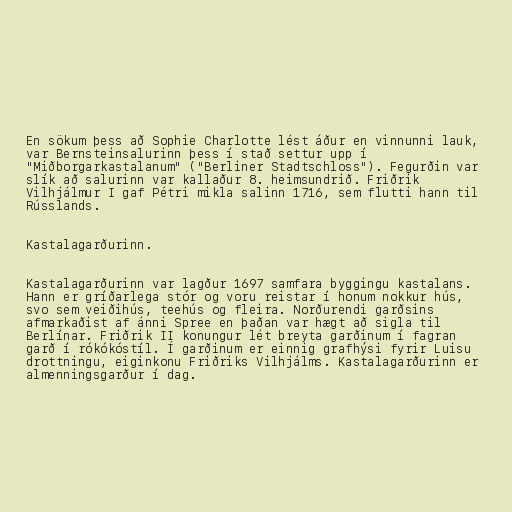
En sökum þess að Sophie Charlotte lést áður en vinnunni lauk,
var Bernsteinsalurinn þess í stað settur upp í
"Miðborgarkastalanum" ("Berliner Stadtschloss"). Fegurðin var
slík að salurinn var kallaður 8. heimsundrið. Friðrik
Vilhjálmur I gaf Pétri mikla salinn 1716, sem flutti hann til
Rússlands.

Kastalagarðurinn.

Kastalagarðurinn var lagður 1697 samfara byggingu kastalans.
Hann er gríðarlega stór og voru reistar í honum nokkur hús,
svo sem veiðihús, teehús og fleira. Norðurendi garðsins
afmarkaðist af ánni Spree en þaðan var hægt að sigla til
Berlínar. Friðrik II konungur lét breyta garðinum í fagran
garð í rókókóstíl. Í garðinum er einnig grafhýsi fyrir Luisu
drottningu, eiginkonu Friðriks Vilhjálms. Kastalagarðurinn er
almenningsgarður í dag.